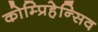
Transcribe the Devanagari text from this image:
कोम्प्रिहेन्सिव